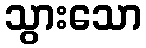
သွားသော